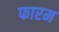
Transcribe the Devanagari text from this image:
फारम